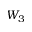
W _ { 3 }